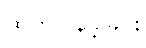
ထုတ်ပြန်ခဲ့ခြင်း